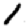
Digit: 1